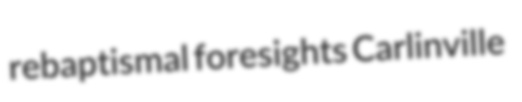
rebaptismal foresights Carlinville